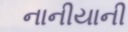
નાનીયાની